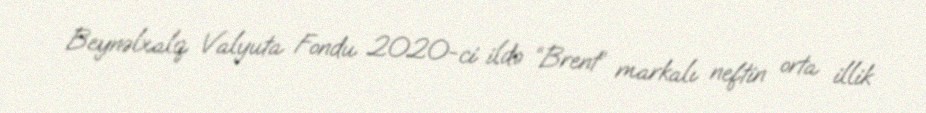
Beynəlxalq Valyuta Fondu 2020-ci ildə “Brent” markalı neftin orta illik